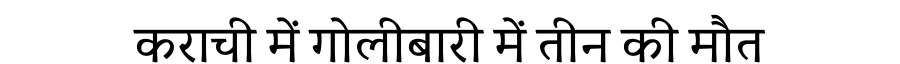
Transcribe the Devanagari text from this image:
कराची में गोलीबारी में तीन की मौत